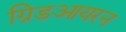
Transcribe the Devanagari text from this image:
ग्रिडआयरन